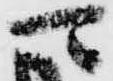
可